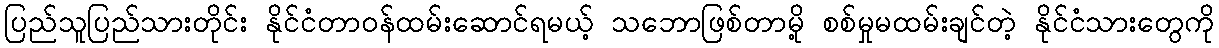
ပြည်သူပြည်သားတိုင်း နိုင်ငံတာဝန်ထမ်းဆောင်ရမယ့် သဘောဖြစ်တာမို့ စစ်မှုမထမ်းချင်တဲ့ နိုင်ငံသားတွေကို